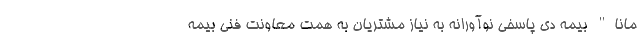
مانا" بیمه دی پاسخی نوآورانه به نیاز مشتریان به همت معاونت فنی بیمه